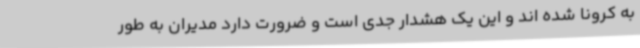
به کرونا شده اند و این یک هشدار جدی است و ضرورت دارد مدیران به طور